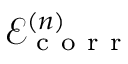
\mathcal { E } _ { \mathrm { ~ c ~ o ~ r ~ r ~ } } ^ { ( n ) }